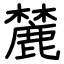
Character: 麓